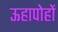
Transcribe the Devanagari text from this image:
ऊहापोहों